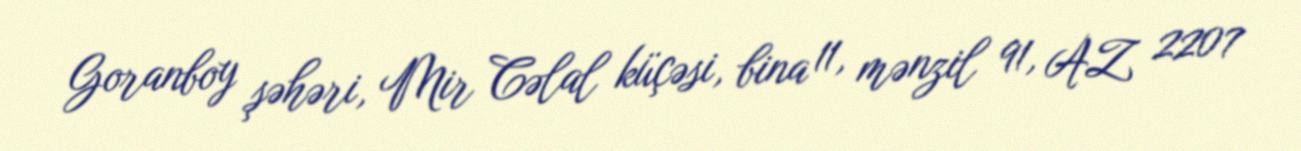
Goranboy şəhəri, Mir Cəlal küçəsi, bina 11, mənzil 91, AZ 2207